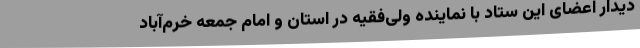
دیدار اعضای این ستاد با نماینده ولی‌فقیه در استان و امام جمعه خرم‌آباد